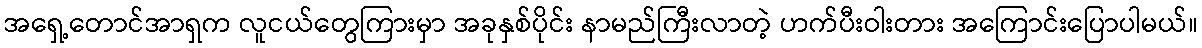
အရှေ့တောင်အာရှက လူငယ်တွေကြားမှာ အခုနှစ်ပိုင်း နာမည်ကြီးလာတဲ့ ဟက်ပီးဝါးတား အကြောင်းပြောပါမယ်။